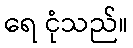
ရေ ငုံသည်။